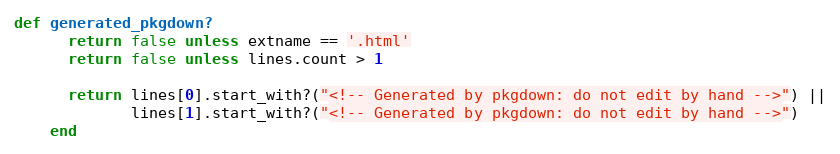
Language: Ruby
def generated_pkgdown?
      return false unless extname == '.html'
      return false unless lines.count > 1

      return lines[0].start_with?("<!-- Generated by pkgdown: do not edit by hand -->") ||
             lines[1].start_with?("<!-- Generated by pkgdown: do not edit by hand -->")
    end